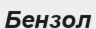
Бензол